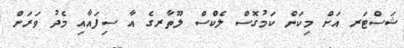
ޝަސްޓަރ އަށް މިކަން ކަމުގޮސް ލެކްސް ލޫތާރގެ އާ ސިފައާއި މެދު ވަރަށް